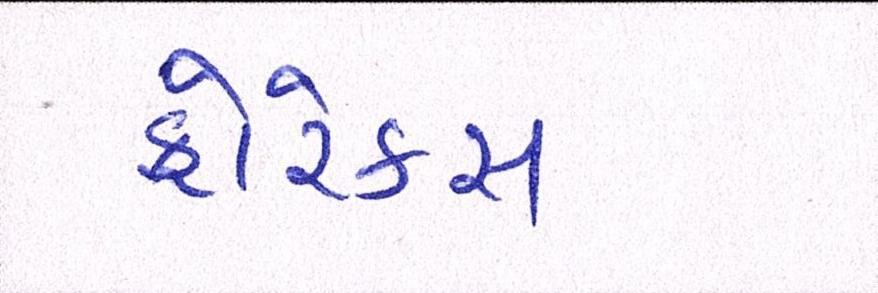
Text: ફોરેક્સ